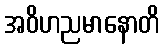
အဝိဟညမာနောတိ